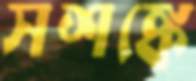
সশঙ্কে